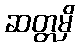
ဆတ္တမှိ